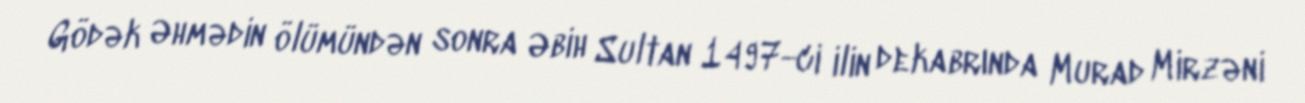
Gödək Əhmədin ölümündən sonra Əbih Sultan 1497-ci ilin dekabrında Murad Mirzəni